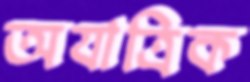
অযাত্রিক